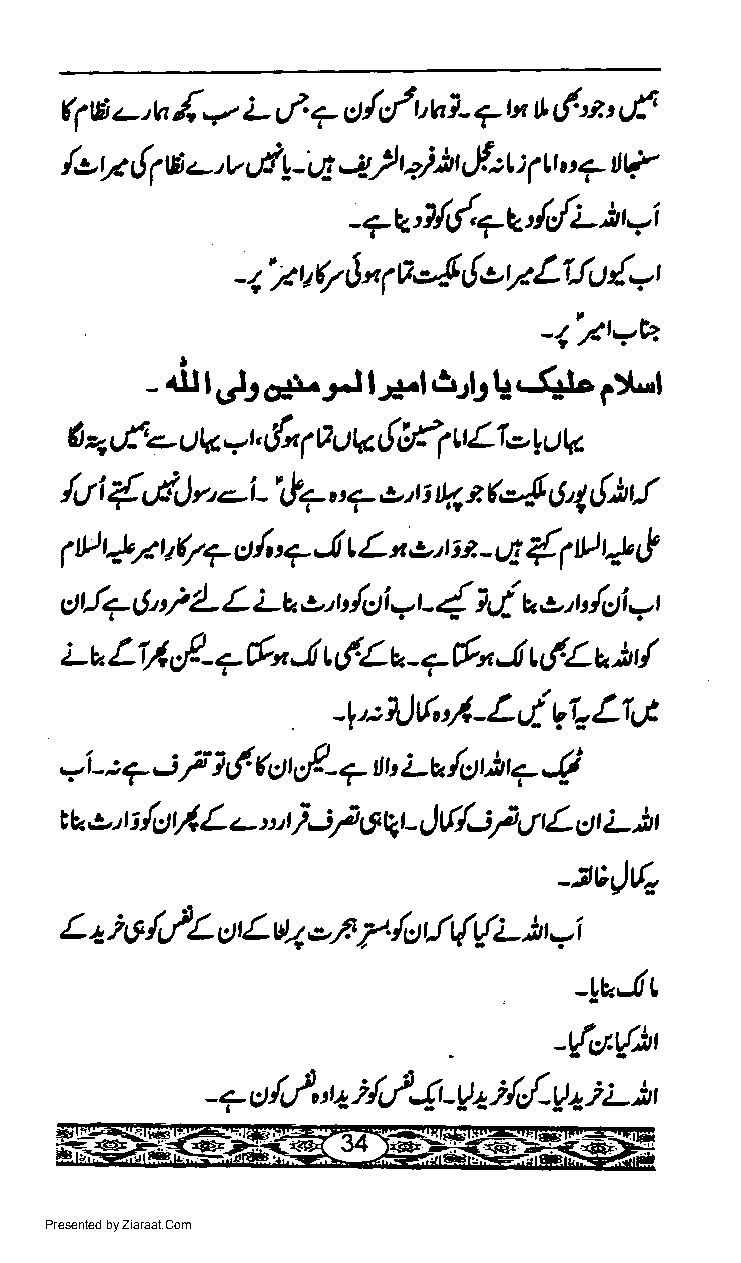
{ /                          vf
 qgz-,h      L e/.7 ct/,/r'ur}-7tx t r!''z:
 oe  f
 /,:,r7 {16.-'v d!-r4 -2}t2.),h ef:qu
 -7EW7u'i{Liqi
 o$oV    Lfir {-r
 - a'V t 17 J n B
 1
 1"/twh
 (.r-
 dlUJott-J.lh-l,5Jbld,
 tJ-l
 -
 (t a v{'+ ttk 7t, ({x f 0 v k { f,- f tt L1,= t ttv
 ltt i {,lJ n -i- \!+,'.-,t, t t 14 t 6e{ 6 4 Lth J
 1l t!7uQ7   c/,:?..( L t,L,t tt a { P'* r!
 L        -    f
 ctt lT 6' tf L L Lt e,'r t /cti 1 i i a,t, t t /c)i -t
 =t
 /
 Li/,,f
 ;-t"     - 7 6" -! t {.La - s- 6"..1 t,!.Lu )t
 4':N6'l-Ld:VI.LIG
 - : 7 ; f i (. &;tt sl- 7,tt' Lu /c)t h 7 $
 =i
 ta.>' i {ctrf L.-,, }il 6Vl JLlful tf L L Jt
 t          t                r c) t
 -iEJv.
 L 2.i t5 4/L ot L wa -,a /. /ctr.lt{r{i- tt
 =i
 -Lu..lr
 -(a{)'
 j
 i l'-f4
 - 7 c[,,P, +   -V tr{,{.V + L,n I
 "
 Presented by Ziaraat.Com